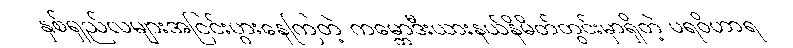
နှစ်ရှည်လများအငြင်းပွားနေကြတဲ့ ကမ္ဘောဒီးယားနယ်နိမိတ်တွင်းမှာရှိတဲ့ ပရဝိဟာရ